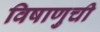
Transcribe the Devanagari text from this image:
विषाणुची